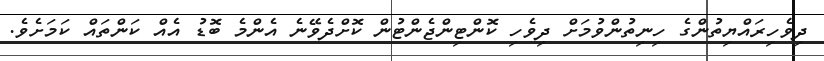
ދިވެހިރައްޔިތުންގެ ހިނިތުންވުމަށް ދިވެހި ކޮންޓިންޖެންޓުން ކޮށްދެވޭނެ އެންމެ ބޮޑު އެއް ކަންތައް ކަމަށެވެ.